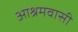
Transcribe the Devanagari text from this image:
आश्रमवासी